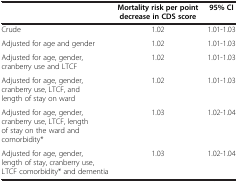
<table><thead><tr><td><b> </b></td><td><b>Mortality risk per point decrease in CDS score</b></td><td><b>95% CI</b></td></tr></thead><tbody><tr><td>Crude</td><td>1.02</td><td>1.01-1.03</td></tr><tr><td>Adjusted for age and gender</td><td>1.02</td><td>1.01-1.03</td></tr><tr><td>Adjusted for age, gender, cranberry use and LTCF</td><td>1.02</td><td>1.01-1.03</td></tr><tr><td>Adjusted for age, gender, cranberry use, LTCF, and length of stay on ward</td><td>1.02</td><td>1.01-1.03</td></tr><tr><td>Adjusted for age, gender, cranberry use, LTCF, length of stay on the ward and comorbidity*</td><td>1.03</td><td>1.02-1.04</td></tr><tr><td>Adjusted for age, gender, length of stay, cranberry use, LTCF comorbidity* and dementia</td><td>1.03</td><td>1.02-1.04</td></tr></tbody></table>